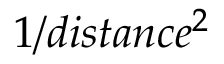
1 / d i s t a n c e ^ { 2 }